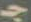
ج